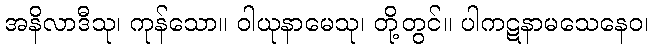
အနိလာဒီသု၊ ကုန်သော။ ဝါယုနာမေသု၊ တို့တွင်။ ပါကဋနာမသေနေဝ၊